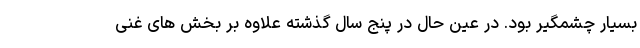
بسیار چشمگیر بود. در عین حال در پنج سال گذشته علاوه بر بخش های غنی